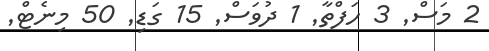
2 މަސް